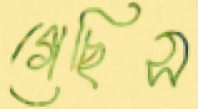
গেছিস